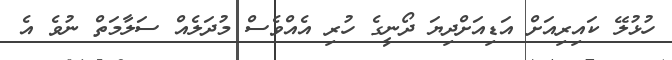
ހުޅުލޭ ކައިރިއަށް އަޑިއަށްދިޔަ ދޯނީގެ ހުރި އެއްވެސް މުދަލެއް ސަލާމަތް ނުވެ އެ